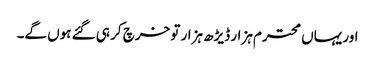
اور یہاں محترم ہزار ڈیڑھ ہزار تو خرچ کر ہی گئے ہوں گے۔